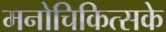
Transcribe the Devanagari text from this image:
मनोचिकित्सके